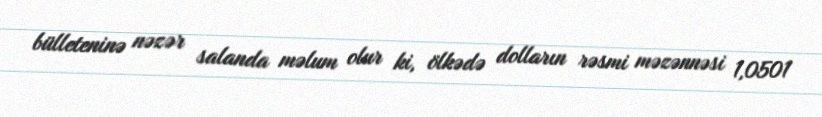
bülleteninə nəzər salanda məlum olur ki, ölkədə dolların rəsmi məzənnəsi 1,0501